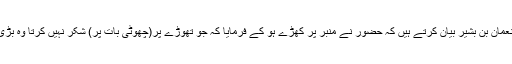
ایک روایت میں آتا ہے’’ حضرت نعمان بن بشیرؓ بیان کرتے ہیں کہ حضورؐ نے منبر پر کھڑے ہو کے فرمایا کہ جو تھوڑے پر(چھوٹی بات پر) شکر نہیں کرتا وہ بڑی(نعمت)پر بھی شکر ادا نہیں کرتا۔